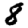
Digit: 8